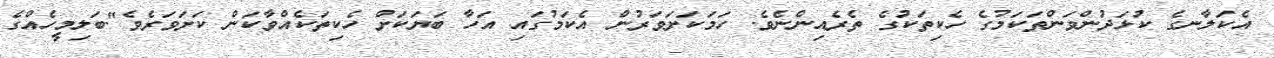
އެކަލާނގެ ކުޅަދުންވަންތަކަމުގެ ހެކިތަކުގެ ތެރެއިންނެވެ. ހަމަކަށަވަރުން އެކަމުގައި އަހާ ބަޔަކަށް ހެކިތަކެއްވާކަން ކަށަވަރެވެ".ބަލިމީހެއްގެ